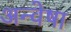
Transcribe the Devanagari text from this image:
अन्वेषा